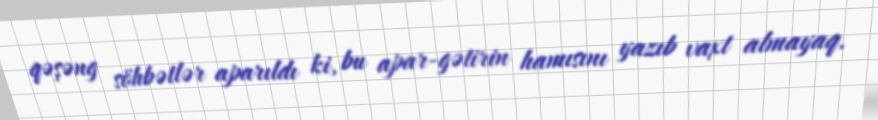
qəşəng söhbətlər aparıldı ki, bu apar-gətirin hamısını yazıb vaxt almayaq.